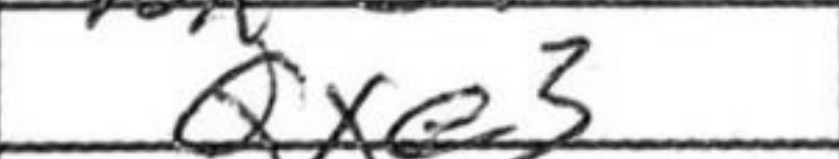
Transcription: Qxe3